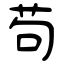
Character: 苟